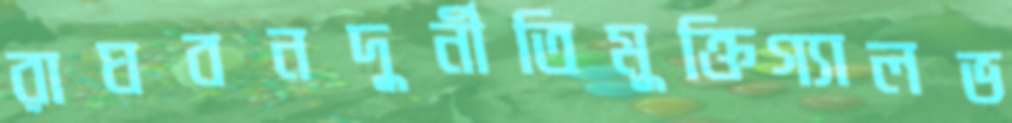
রাঘবনদুর্নীতিমুক্তিগ্যালভ